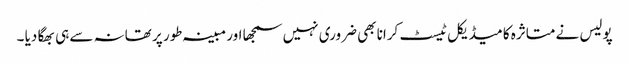
پولیس نے متاثرہ کا میڈیکل ٹیسٹ کرانا بھی ضروری نہیں سمجھا اور مبینہ طور پر تھانہ سے ہی بھگا دیا ۔